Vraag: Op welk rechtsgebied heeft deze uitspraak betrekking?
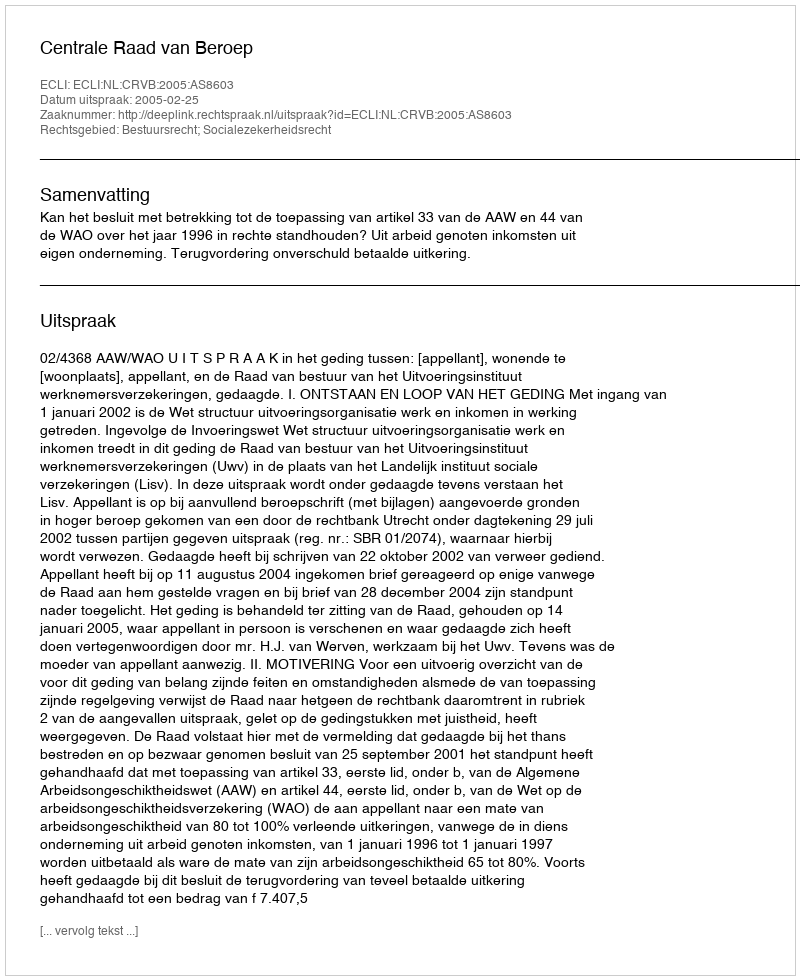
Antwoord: Bestuursrecht; Socialezekerheidsrecht